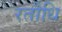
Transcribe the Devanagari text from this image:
रतौधि